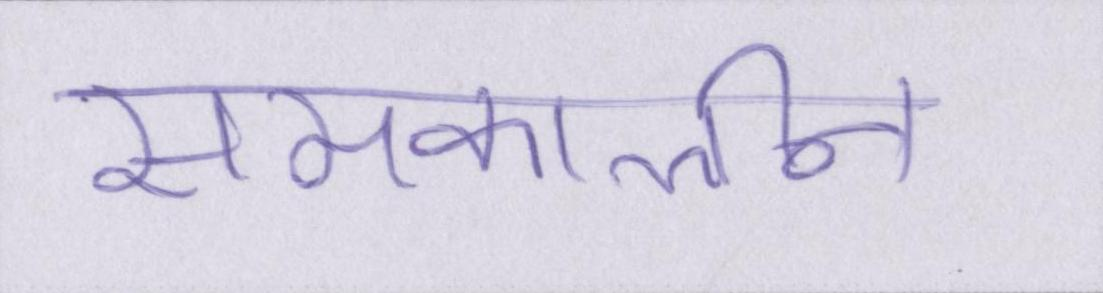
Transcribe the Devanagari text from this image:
समकालीन